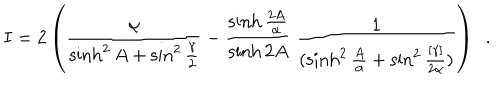
I = 2 \left( { \frac { \alpha } { \sinh ^ { 2 } A + \sin ^ { 2 } { \frac { \gamma } { 2 } } } } - { \frac { \sinh { \frac { 2 A } { \alpha } } } { \sinh { 2 A } } } ~ { \frac { 1 } { ( \sinh ^ { 2 } { \frac { A } { \alpha } } + \sin ^ { 2 } { \frac { [ \gamma ] } { 2 \alpha } } ) } } \right) ~ ~ .